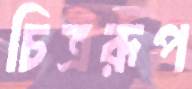
চিত্ররূপ